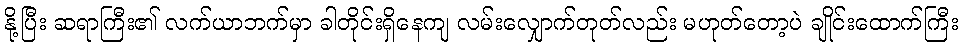
နို့ပြီး ဆရာကြီး၏ လက်ယာဘက်မှာ ခါတိုင်းရှိနေကျ လမ်းလျှောက်တုတ်လည်း မဟုတ်တော့ပဲ ချိုင်းထောက်ကြီး